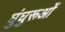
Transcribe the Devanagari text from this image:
घुंघुरूओं